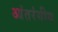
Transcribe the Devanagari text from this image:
आंतरंगीय